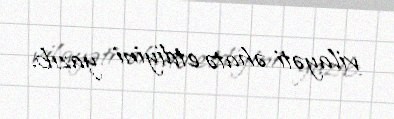
vilayəti əhatə etdiyini yazıb.